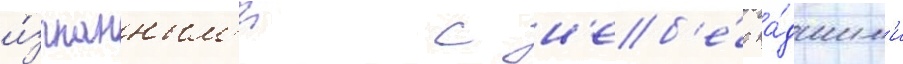
и́згнанным'и с н'еб'е́с па́дшим'и